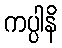
ကပ္ပါနိ